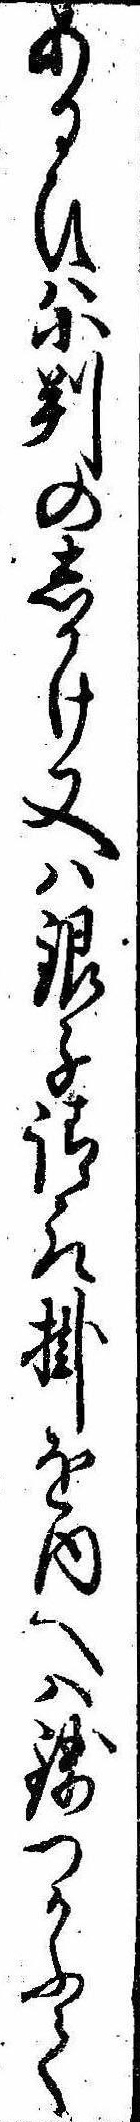
あるひは小判のしかけ又は銀子請取掛を内へは銭つかふて